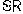
SR